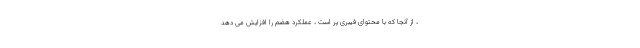
، از آنجا که با محتوای فیبری پر است ، عملکرد هضم را افزایش می دهد